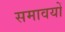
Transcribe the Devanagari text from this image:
समावयों